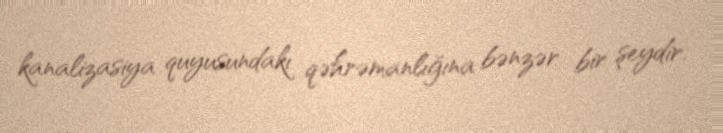
kanalizasiya quyusundakı qəhrəmanlığına bənzər bir şeydir.